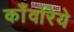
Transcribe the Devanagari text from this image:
काँवरिये